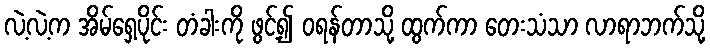
လဲ့လဲ့က အိမ်ရှေ့ပိုင်း တံခါးကို ဖွင့်၍ ဝရန်တာသို့ ထွက်ကာ တေးသံသာ လာရာဘက်သို့